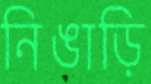
নিঙাড়ি